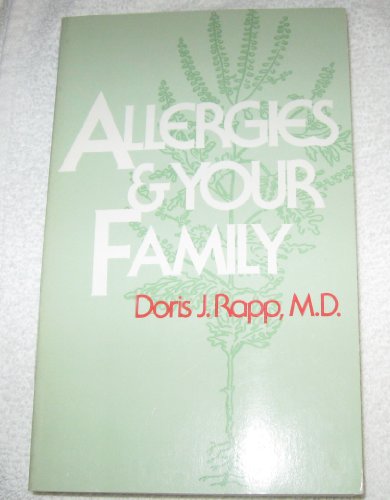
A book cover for Allergies and Your Family; Health, Fitness & Dieting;